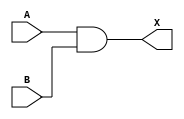
/*
 * Copyright 2020 The SkyWater PDK Authors
 *
 * Licensed under the Apache License, Version 2.0 (the "License");
 * you may not use this file except in compliance with the License.
 * You may obtain a copy of the License at
 *
 *     https://www.apache.org/licenses/LICENSE-2.0
 *
 * Unless required by applicable law or agreed to in writing, software
 * distributed under the License is distributed on an "AS IS" BASIS,
 * WITHOUT WARRANTIES OR CONDITIONS OF ANY KIND, either express or implied.
 * See the License for the specific language governing permissions and
 * limitations under the License.
 *
 * SPDX-License-Identifier: Apache-2.0
*/


`ifndef SKY130_FD_SC_HVL__AND2_FUNCTIONAL_V
`define SKY130_FD_SC_HVL__AND2_FUNCTIONAL_V

/**
 * and2: 2-input AND.
 *
 * Verilog simulation functional model.
 */

`timescale 1ns / 1ps
`default_nettype none

`celldefine
module sky130_fd_sc_hvl__and2 (
    X,
    A,
    B
);

    // Module ports
    output X;
    input  A;
    input  B;

    // Local signals
    wire and0_out_X;

    //  Name  Output      Other arguments
    and and0 (and0_out_X, A, B           );
    buf buf0 (X         , and0_out_X     );

endmodule
`endcelldefine

`default_nettype wire
`endif  // SKY130_FD_SC_HVL__AND2_FUNCTIONAL_V